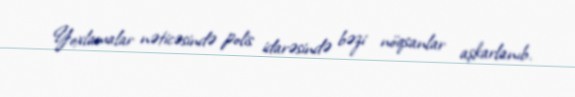
Yoxlamalar nəticəsində polis idarəsində bəzi nöqsanlar aşkarlanıb.